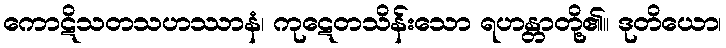
ကောဋိသတသဟဿာနံ၊ ကုဋေတသိန်းသော ရဟန္တာတို့၏။ ဒုတိယော၊